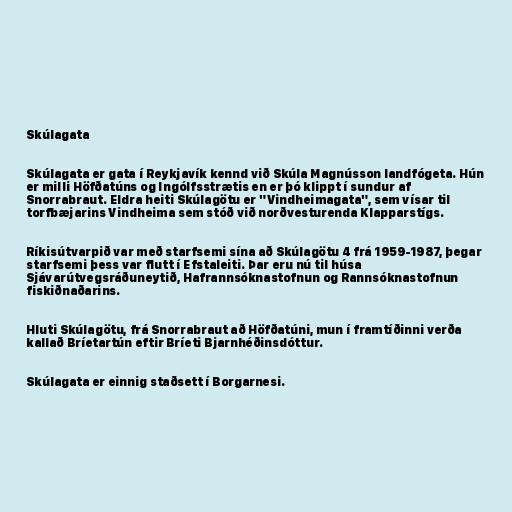
Skúlagata

Skúlagata er gata í Reykjavík kennd við Skúla Magnússon landfógeta. Hún
er milli Höfðatúns og Ingólfsstrætis en er þó klippt í sundur af
Snorrabraut. Eldra heiti Skúlagötu er "Vindheimagata", sem vísar til
torfbæjarins Vindheima sem stóð við norðvesturenda Klapparstígs.

Ríkisútvarpið var með starfsemi sína að Skúlagötu 4 frá 1959-1987, þegar
starfsemi þess var flutt í Efstaleiti. Þar eru nú til húsa
Sjávarútvegsráðuneytið, Hafrannsóknastofnun og Rannsóknastofnun
fiskiðnaðarins.

Hluti Skúlagötu, frá Snorrabraut að Höfðatúni, mun í framtíðinni verða
kallað Bríetartún eftir Bríeti Bjarnhéðinsdóttur.

Skúlagata er einnig staðsett í Borgarnesi.